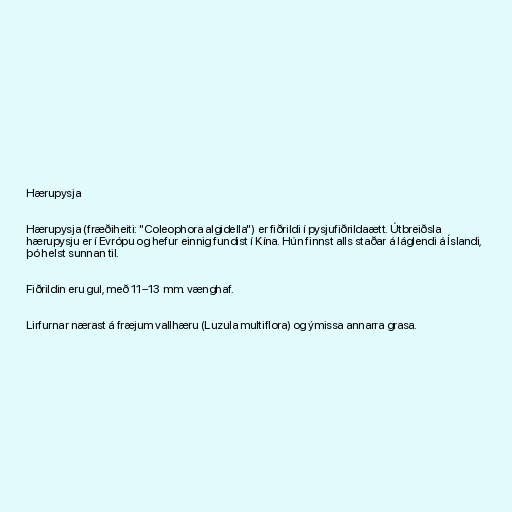
Hærupysja

Hærupysja (fræðiheiti: "Coleophora algidella") er fiðrildi í pysjufiðrildaætt. Útbreiðsla
hærupysju er í Evrópu og hefur einnig fundist í Kína. Hún finnst alls staðar á láglendi á Íslandi,
þó helst sunnan til.

Fiðrildin eru gul, með 11–13 mm. vænghaf.

Lirfurnar nærast á fræjum vallhæru (Luzula multiflora) og ýmissa annarra grasa.